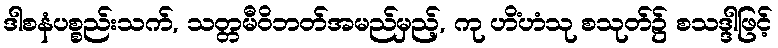
ဒါစနံပစ္စည်းသက်, သတ္တမီဝိဘတ်အမည်မှည့်, ကု ဟိံဟံသု စသုတ်၌ စသဒ္ဒါဖြင့်